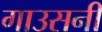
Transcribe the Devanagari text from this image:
गाउसनी